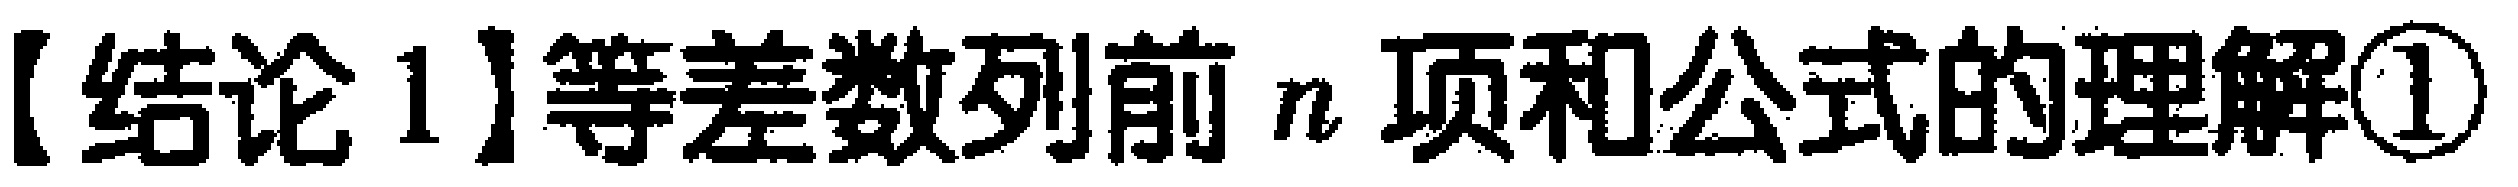
【结论 1】等差数列前 \(n\) 项和公式的理解\textcircled{1}